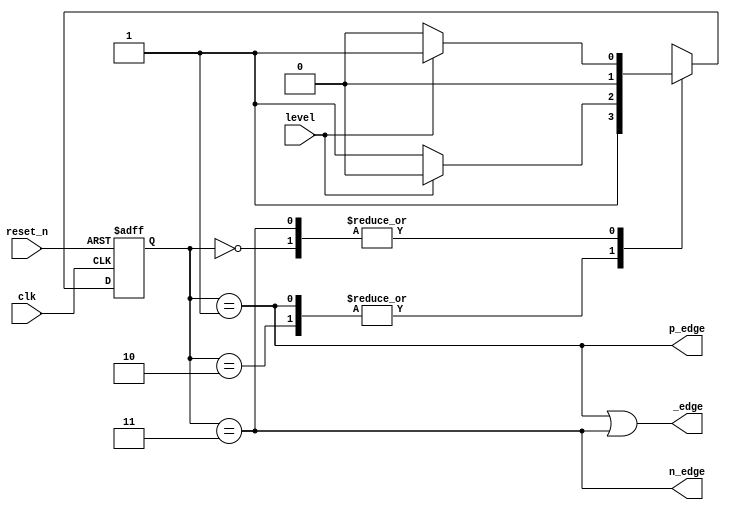
`timescale 1ns / 1ps
//////////////////////////////////////////////////////////////////////////////////
// Company: 
// Engineer: 
// 
// Design Name: 
// Module Name: edge_detector
// Project Name: 
// Target Devices: 
// Tool Versions: 
// Description: 
// 
// Dependencies: 
// 
// Revision:
// Revision 0.01 - File Created
// Additional Comments:
// 
//////////////////////////////////////////////////////////////////////////////////


module edge_detector(
    input clk, reset_n,
    input level,
    output p_edge, n_edge, _edge
    );
    
    // Edge detector with Mealy outputs
    reg [1:0] state_reg, state_next;
    parameter s0 = 0, s1 = 1, s2 = 2, s3 =3;
    
    // Sequential state registers
    always @(posedge clk, negedge reset_n)
    begin
        if (~reset_n)
            state_reg <= s0;
        else
            state_reg <= state_next;
    end
    
    // Next state logic
    always @(*)
    begin
        case(state_reg)
            s0: if (level) state_next = s1;
                else       state_next = s0;
            s1: if (level) state_next = s2;
                else       state_next = s3;
            s2: if (level) state_next = s2; 
                else       state_next = s3;
            s3: if (level) state_next = s1;
                else       state_next = s0;
            default: state_next = s0;                
        endcase
    end
    
    // Output logic
    assign p_edge = (state_reg == s1);
    assign n_edge = (state_reg == s3);
    assign _edge = p_edge | n_edge;
    
endmodule